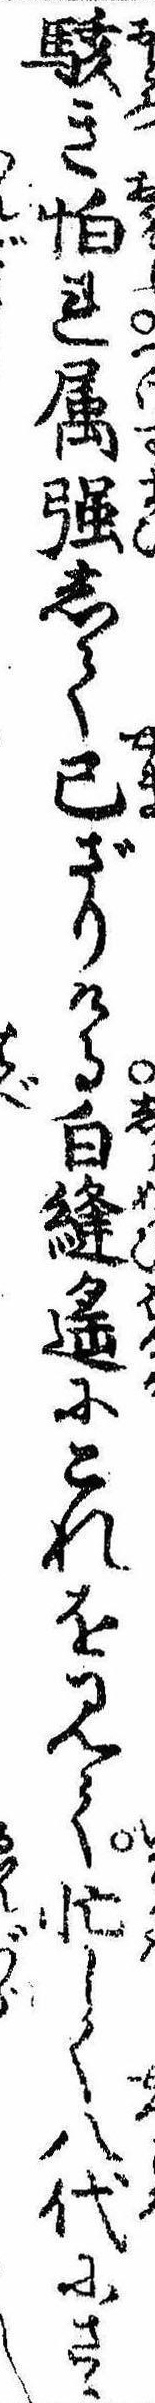
駭き怕れ属強して已ざりける白縫遥にこれを見て忙しく八代にさゝ